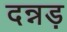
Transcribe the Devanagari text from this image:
दन्नड़